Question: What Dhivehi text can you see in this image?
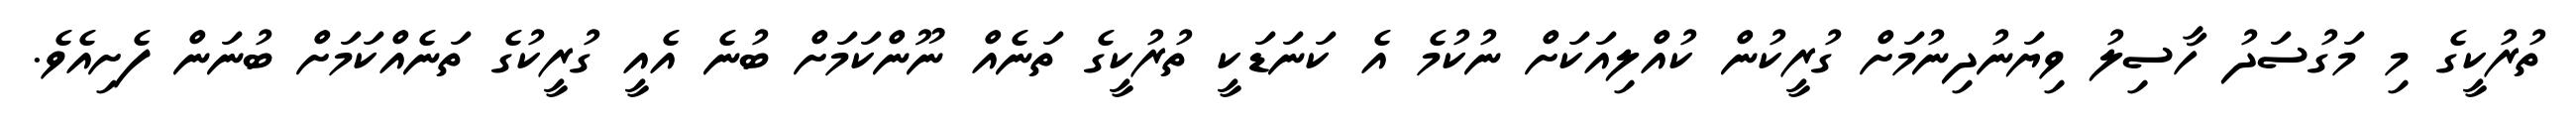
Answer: ތުރުކީގެ މި މަގުސަދު ހާސިލު ވިޔަނުދިނުމަށް ގުރީކުން ކުއްލިއަކަށް ނުކުމެ އެ ކަނަޑަކީ ތުރުކީގެ ތަނެއް ނޫންކަމަށް ބުނެ އެއީ ގުރީކުގެ ތަނެއްކަމަށް ބުނަން ފެށިއެވެ.